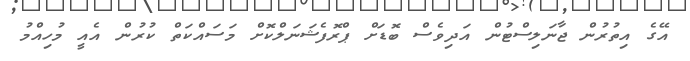
އޭގެ އިތުރުން ޖާނަލިސްޓުން އަދިވެސް ބޮޑަށް ޕްރޮފެޝަނަލްކޮށް މަސައްކަތް ކުރުން އެއީ މުހިއްމު